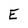
Character: E